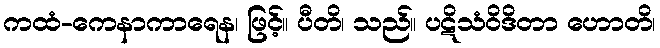
ကထံ-ကေနာကာရေန၊ ဖြင့်။ ပီတိ၊ သည်။ ပဋိသံဝိဒိတာ ဟောတိ၊